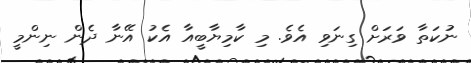
ނުކަތާ ވަރަށް ގިނަވި އެވެ. މި ކާމިޔާބީއާ އެކު އޭނާ ދެން ނިންމީ